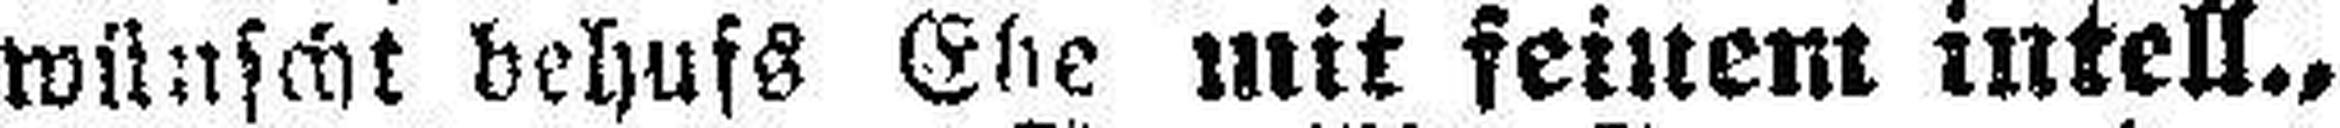
wünscht behufs Ehe mit feinem intell.,